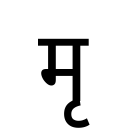
OCR:
मृ